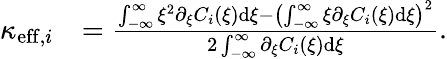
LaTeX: \begin{array}{rl}{\kappa_{\mathrm{eff},i}}&{=\frac{\int_{-\infty}^{\infty}\xi^{2}\partial_{\xi}C_{i}(\xi)\mathrm{d}\xi-\left(\int_{-\infty}^{\infty}\xi\partial_{\xi}C_{i}(\xi)\mathrm{d}\xi\right)^{2}}{2\int_{-\infty}^{\infty}\partial_{\xi}C_{i}(\xi)\mathrm{d}\xi}.}\end{array}